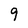
Character: 9